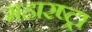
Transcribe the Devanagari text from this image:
महारष्ट्रा